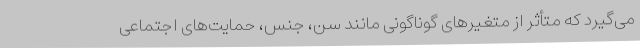
می‌گیرد که متأثر از متغیرهای گوناگونی مانند سن، جنس، حمایت‌های اجتماعی